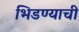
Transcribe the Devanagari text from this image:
भिडण्याची